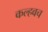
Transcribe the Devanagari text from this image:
कल्हवच